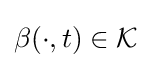
\beta (\cdot ,t)\in {\mathcal {K}}